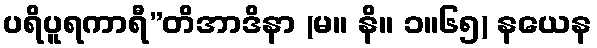
ပရိပူရကာရီ”တိအာဒိနာ (မ။ နိ။ ၁။၆၅) နယေန